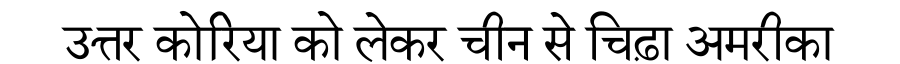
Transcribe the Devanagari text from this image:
उत्तर कोरिया को लेकर चीन से चिढ़ा अमरीका